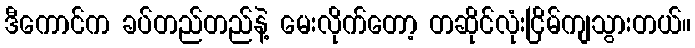
ဒီကောင်က ခပ်တည်တည်နဲ့ မေးလိုက်တော့ တဆိုင်လုံးငြိမ်ကျသွားတယ်။